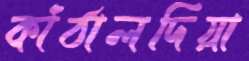
কাঁঠালদিয়া